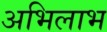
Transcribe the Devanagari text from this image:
अभिलाभ